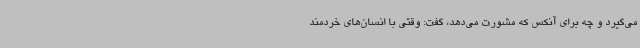
می‌گیرد و چه برای آنکس که مشورت می‌دهد، گفت: وقتی با انسان‌های خردمند